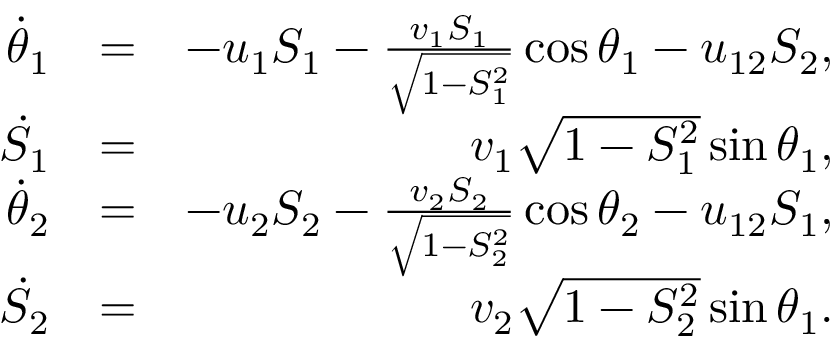
\begin{array} { r l r } { \dot { \theta } _ { 1 } } & { = } & { - u _ { 1 } S _ { 1 } - \frac { v _ { 1 } S _ { 1 } } { \sqrt { 1 - S _ { 1 } ^ { 2 } } } \cos \theta _ { 1 } - u _ { 1 2 } S _ { 2 } , } \\ { \dot { S } _ { 1 } } & { = } & { v _ { 1 } \sqrt { 1 - S _ { 1 } ^ { 2 } } \sin \theta _ { 1 } , } \\ { \dot { \theta } _ { 2 } } & { = } & { - u _ { 2 } S _ { 2 } - \frac { v _ { 2 } S _ { 2 } } { \sqrt { 1 - S _ { 2 } ^ { 2 } } } \cos \theta _ { 2 } - u _ { 1 2 } S _ { 1 } , } \\ { \dot { S } _ { 2 } } & { = } & { v _ { 2 } \sqrt { 1 - S _ { 2 } ^ { 2 } } \sin \theta _ { 1 } . } \end{array}